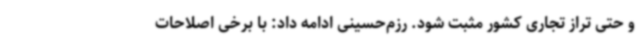
و حتی تراز تجاری کشور مثبت شود. رزم‌حسینی ادامه داد: با برخی اصلاحات